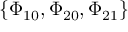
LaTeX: \{ \Phi _ { 1 0 } , \Phi _ { 2 0 } , \Phi _ { 2 1 } \}